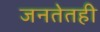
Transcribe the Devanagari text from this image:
जनतेतही